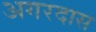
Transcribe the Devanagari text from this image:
अगरदास